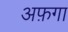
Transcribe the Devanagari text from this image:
अफ़गा